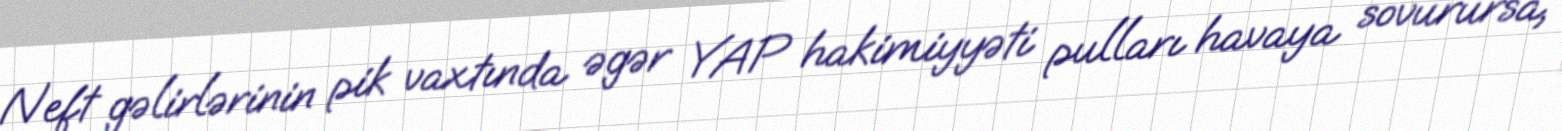
Neft gəlirlərinin pik vaxtında əgər YAP hakimiyyəti pulları havaya sovurursa,